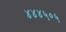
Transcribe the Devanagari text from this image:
४४४५०५